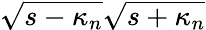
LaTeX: \sqrt{s-\kappa_{n}}\sqrt{s+\kappa_{n}}